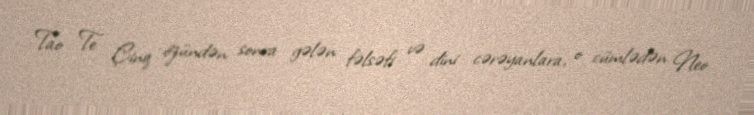
Tao Te Çinq özündən sonra gələn fəlsəfi və dini cərəyanlara, o cümlədən Neo